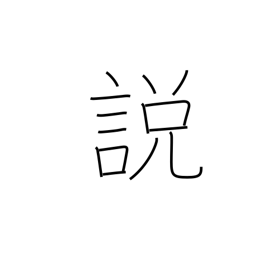
Meaning: theory